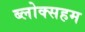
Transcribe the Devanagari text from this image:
ब्लोक्सहम